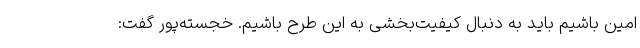
امین باشیم باید به دنبال کیفیت‌بخشی به این طرح باشیم. خجسته‌پور گفت: